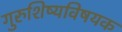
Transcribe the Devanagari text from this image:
गुरुशिष्यविषयक